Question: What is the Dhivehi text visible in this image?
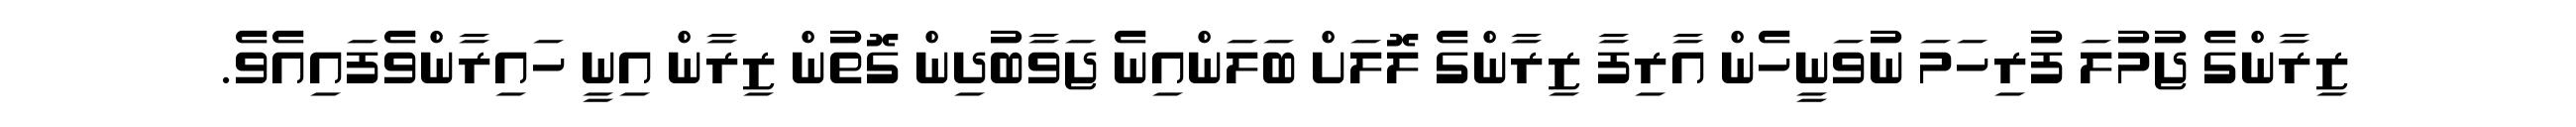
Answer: ޒިރާންގެ ޖުމުލަ ފުރިހަމަ ނުވަނީހެން އާރިފާ ޒިރާންގެ ލޮލަށް ބަލަންއިނެ ޖަވާބުދިން ގޮތުން ޒިރާން އިނީ ހައިރާންވެފައިއެވެ.